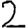
Digit: 2